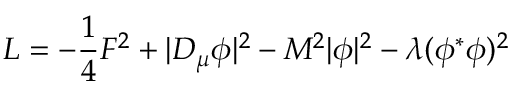
{ \cal L } = - { \frac { 1 } { 4 } } F ^ { 2 } + | D _ { \mu } \phi | ^ { 2 } - M ^ { 2 } | \phi | ^ { 2 } - \lambda ( \phi ^ { * } \phi ) ^ { 2 }